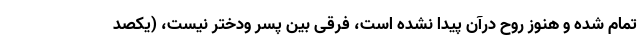
تمام شده و هنوز روح درآن پیدا نشده است، فرقی بین پسر ودختر نیست، (یکصد